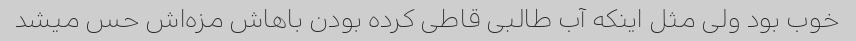
خوب بود ولی مثل اینکه آب طالبی قاطی کرده بودن باهاش مزه‌اش حس میشد